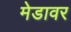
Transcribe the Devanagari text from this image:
मेडावर